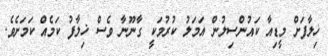
ޚިލާފަށް މީޑިއާ ކައުންސިލުން އަމަލު ކުރުމަކީ ގާނޫނާ ވެސް ޚިލާފު ކަމެއް ކަމަށެވެ.